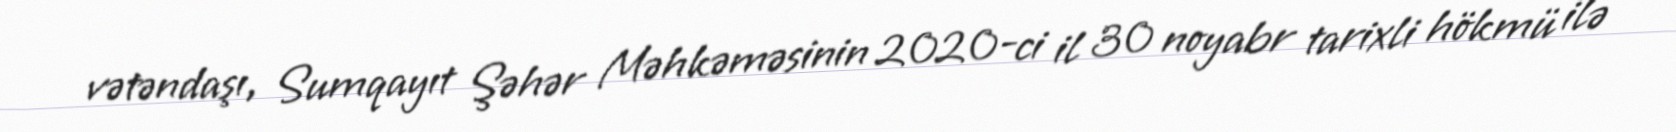
vətəndaşı, Sumqayıt Şəhər Məhkəməsinin 2020-ci il 30 noyabr tarixli hökmü ilə